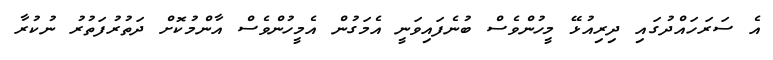
އެ ސަރަހައްދުގައި ދިރިއުޅޭ މީހުންވެސް ބުނެފައިވަނީ އެމަގުން އެމީހުންވެސް އާންމުކޮށް ދަތުރުފަތުރު ނުކުރާ